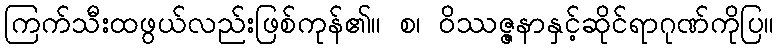
ကြက်သီးထဖွယ်လည်းဖြစ်ကုန်၏။ စ၊ ဝိဿဇ္ဇနာနှင့်ဆိုင်ရာဂုဏ်ကိုပြ။